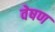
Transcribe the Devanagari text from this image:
वेषण